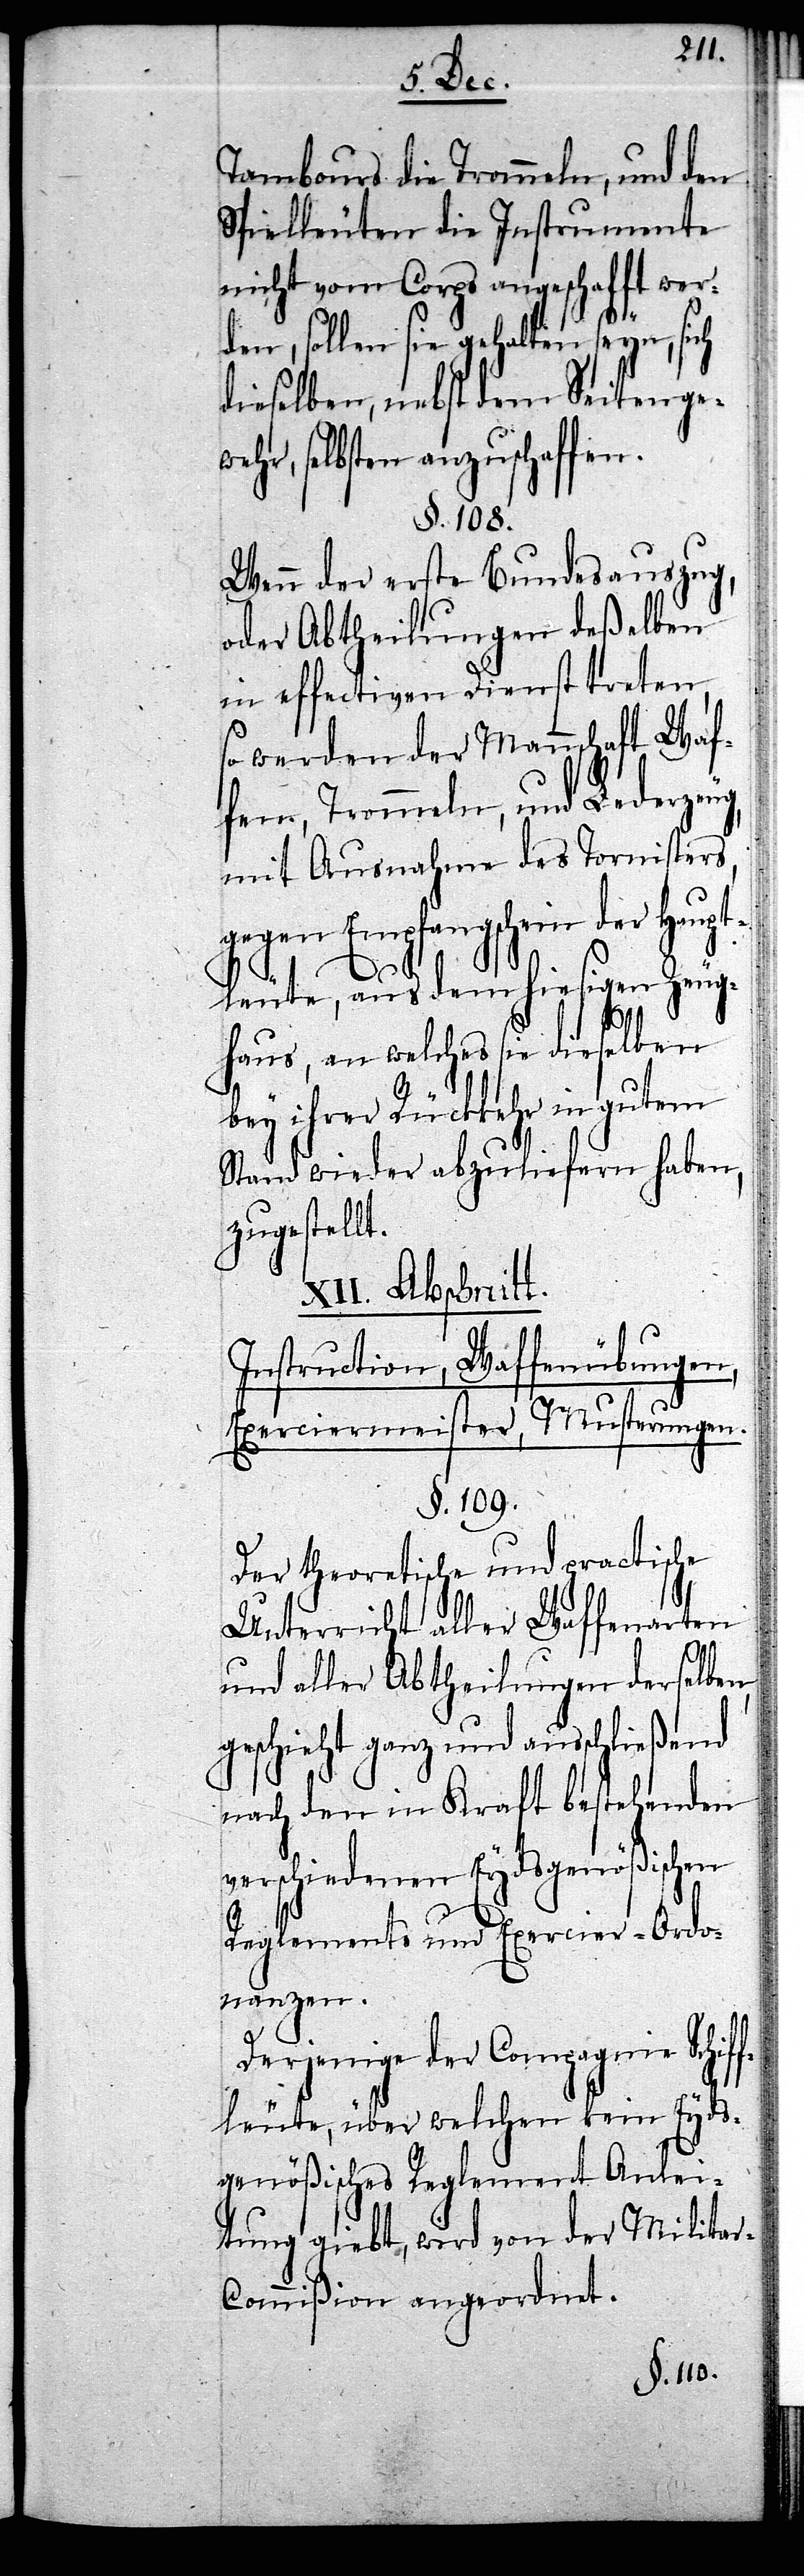
Tambours die Trommeln, und den
Spielleuten die Instrumente
nicht vom Corps angeschafft wer¬
den, sollen sie gehalten seyn, sich
dieselben, nebst dem Seitengew¬
ehr, selbsten anzuschaffen.
§. 108.
Wenn der erste Bundesauszug,
oder Abtheilungen deßelben
in effectiven Dienst treten,
so werden der Mannschaft Waf¬
fen, Trommeln, und Lederzeug,
mit Ausnahme des Tornisters,
gegen Empfangschein der Haupt¬
leute, aus dem hiesigen Zeug¬
haus, an welches sie dieselben
bey ihrer Rückkehr in gutem
Stand wieder abzuliefern haben,
zugestellt.
XII. Abschnitt.
Instruction, Waffenübungen,
Exerciermeister, Musterungen.
§. 109.
Der theoretische und practische
Unterricht aller Waffenarten
und aller Abtheilungen derselben,
geschieht ganz und anschließend
nach den in Kraft bestehenden
verschiedenen Eydsgenößischen
Reglements und Exercier-Ordo¬
nanzen.
Derjenige der Compagnie Schiff¬
leute, über welchen kein Eyds¬
genößisches Reglement Anlei¬
tung giebt, wird von der Milita¬
r-Commißion angeordnet.